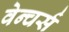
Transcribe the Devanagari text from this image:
वेन्चर्स